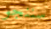
سننجو